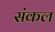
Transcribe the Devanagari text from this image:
संकल